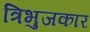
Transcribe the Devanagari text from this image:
त्रिभुजकार